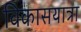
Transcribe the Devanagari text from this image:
विकासयात्रा